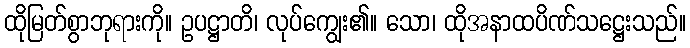
ထိုမြတ်စွာဘုရားကို။ ဥပဋ္ဌာတိ၊ လုပ်ကျွေး၏။ သော၊ ထိုအနာထပိဏ်သဋ္ဌေးသည်။